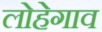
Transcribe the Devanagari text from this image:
लोहेगाव